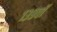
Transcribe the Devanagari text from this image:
१३९वॉ